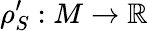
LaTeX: \rho_{S}^{\prime}:M\to\mathbb{R}